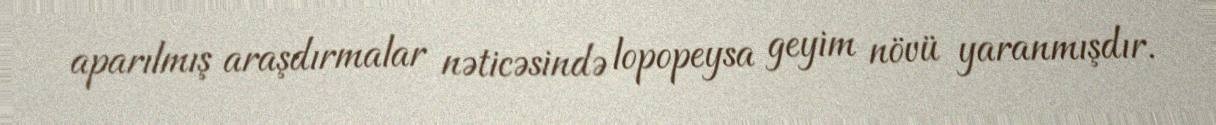
aparılmış araşdırmalar nəticəsində lopopeysa geyim növü yaranmışdır.